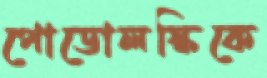
পোডোলস্কিকে